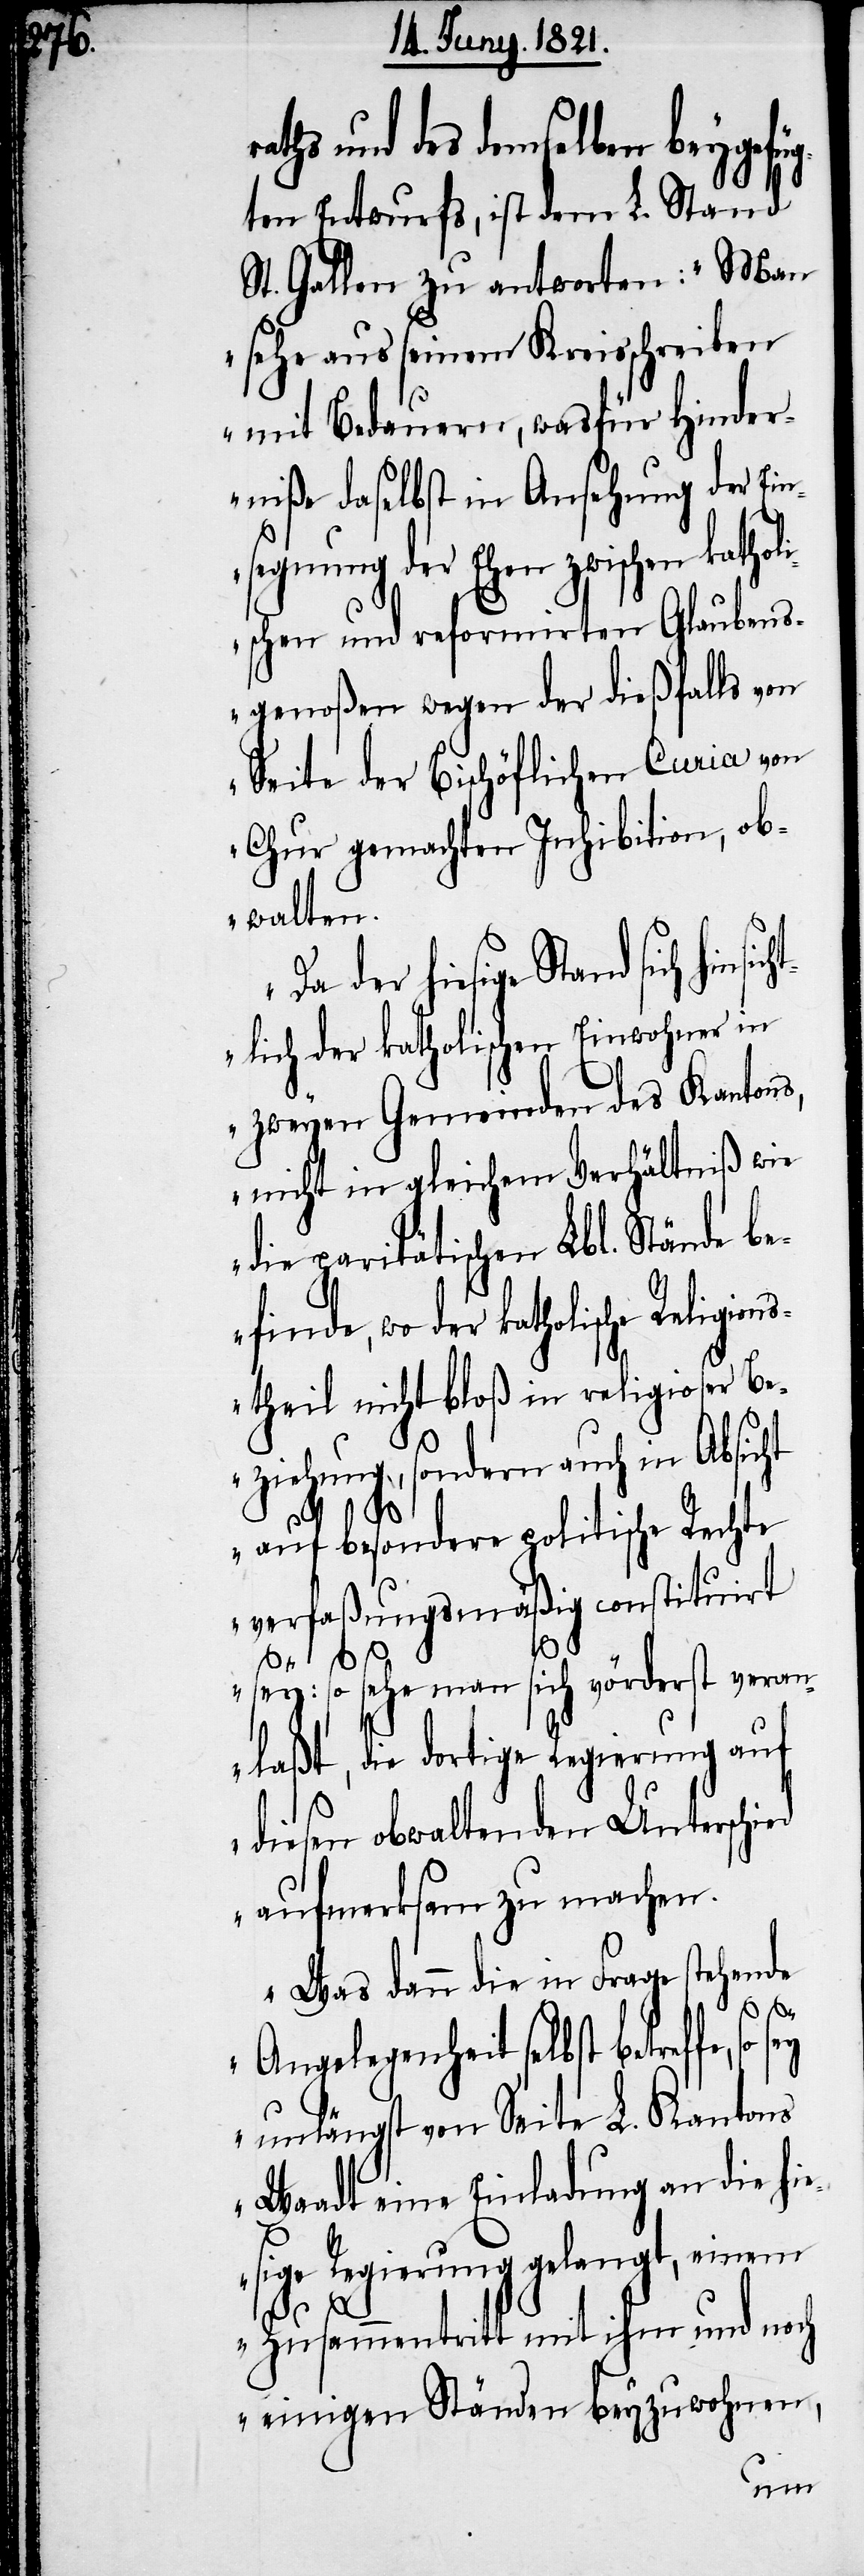
ahts und des demselben beygefüg¬
ten Entwurfs, ist dem L. Stand
St. Gallen zu antworten: „Man
sehe aus seinem Kreisschreiben
mit Bedauern, wasfür Hinder¬
niße daselbst in Ansehung der Ein¬
segnung der Ehen zwischen kathol¬
ischen und reformirten Glaubens¬
genoßen wegen der dießfalls von
Seite der Bischöflichen Curia von
obwalten.
der hiesige Stand sich hinsi¬
chtlich der katholischen Einwohner in
zweyen Gemeinden des Kantons,
nicht in gleichem Verhältniß wie
die paritätischen Lbl. Stände be¬
finde, wo der katholische Reli¬
stheil nicht bloß in religioser Be¬
ziehung, sondern auch in Absicht
auf besondere politische Rechte
verfaßungsmäßig construirt
r¬
so sehe man sich vörderst veran¬
gion¬
laßt, die dortige Regierung auf
diesen obwaltenden Unterschied
aufmerksam zu machen.
Was dann die in Frage stehende
Angelegenheit selbst betreffe,
unlängst von Seite L. Kantons
Waadt eine Einladung an die hie¬
sige Regierung gelangt, einem
Zusammentritt mit ihm und noch
einigen Ständen beyzuwohnen,